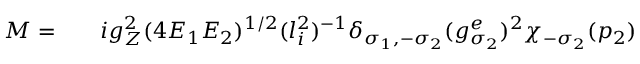
\begin{array} { r l r } { { \cal M } = } & { { } } & { i g _ { Z } ^ { 2 } ( 4 E _ { 1 } E _ { 2 } ) ^ { 1 / 2 } ( l _ { i } ^ { 2 } ) ^ { - 1 } \delta _ { \sigma _ { 1 } , - \sigma _ { 2 } } ( g _ { \sigma _ { 2 } } ^ { e } ) ^ { 2 } \chi _ { - \sigma _ { 2 } } ( p _ { 2 } ) } \end{array}